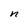
Character: n